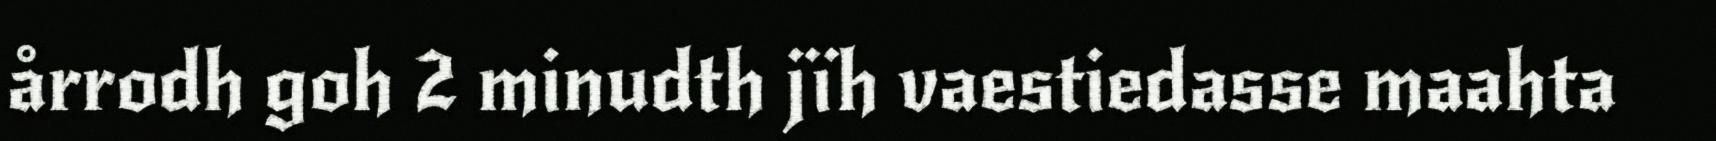
årrodh goh 2 minudth jïh vaestiedasse maahta